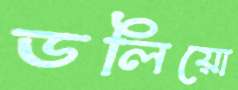
ডলিয়ো